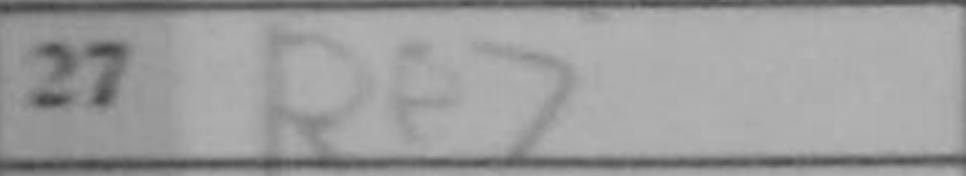
Transcription: Re7